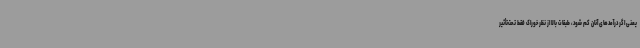
یعنی اگر درآمد‌های آنان کم شود، طبقات بالا از نظر خوراک فقط تحت‌تأثیر